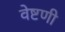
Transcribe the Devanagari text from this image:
वेष्टणी